Bréfritari: Gísli Gíslason
Viðtakandi: Jón Borgfirðingur
Dagsetning: A-1857-07-31
Skrifað á: Auðnum  Eyf.
Óvíst

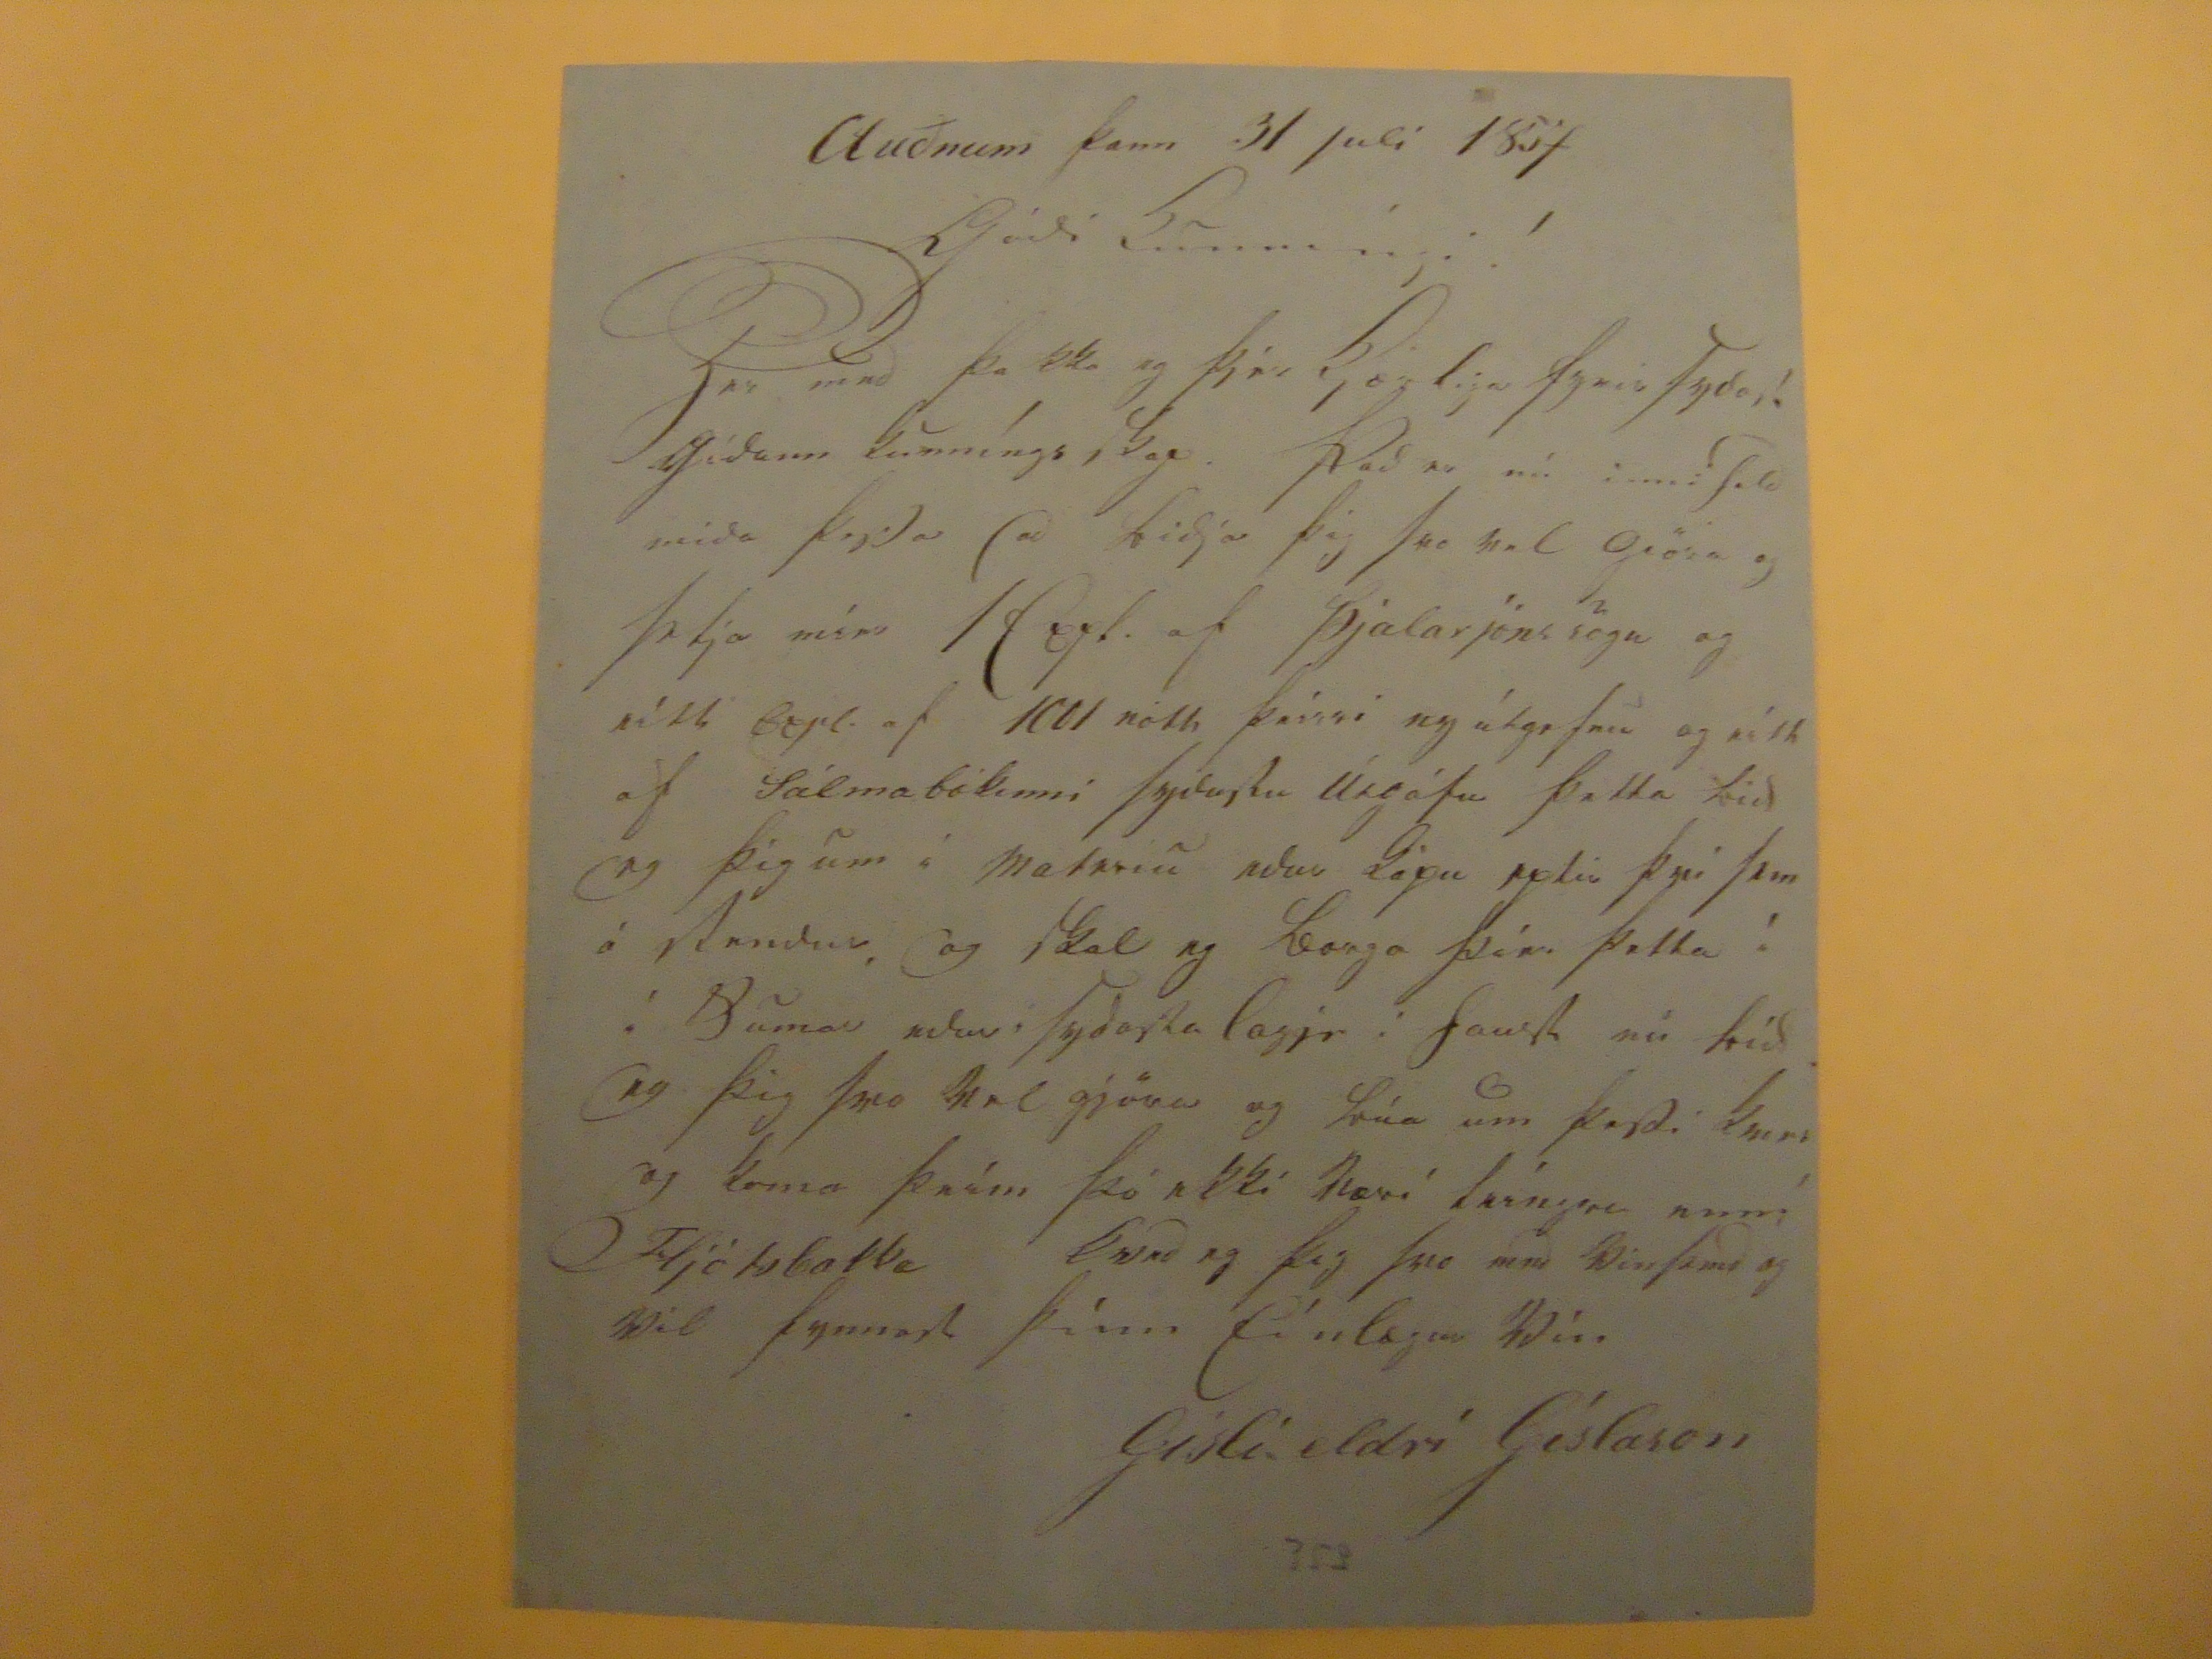

Auðnum þann 31 juli 1857
Gódi Kunníngi!
Fra mud
þa kka eg þjer kjærliga fyrir
Jydar!
Gódann kunnníngs Skap. Þad er nú inni fald mida
þyda
ad bidja þig Svo
vel
giöra og
þdja mína Kept.
af Þjalarjónssögu og
síst Bejt
af 1001 nóth þeíssi ny útgefnu og níth af Sálmabókinni
þjitustu
Útgáfu þitta bid og þig um i
Matmiu ndur Gòpu
eptir þvi Sem á
Anndur
, og Skal eg borga þér. þetta í í Sumar
edur i Fydarla lagjr i faush
nú bíd eg þig Svo
Vel
gjöra og
búa
um
þardi knir
og koma
þeím
þó ekki
Væri
leíngra
muní
Fljótsbakka
Kved
eg þig Svo
mnd Binfamd
og Vil fynnast þínn
fínlægru Mín
Gíslí eldrí Gíslason